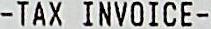
-TAX INVOICE-